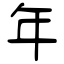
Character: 年